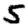
Digit: 5